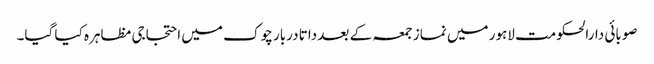
صوبائی دارالحکومت لاہور میں نماز جمعہ کے بعد داتا دربار چوک میں احتجاجی مظاہرہ کیا گیا۔